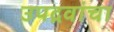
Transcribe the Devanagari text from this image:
उपद्रवांचा